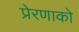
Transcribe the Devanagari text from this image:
प्रेरणाको